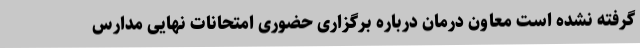
گرفته نشده است معاون درمان درباره برگزاری حضوری امتحانات نهایی مدارس